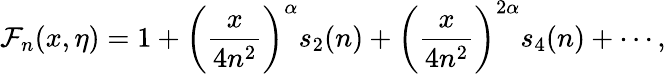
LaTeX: \mathcal{F}_{n}(x,\eta)=1+\bigg(\frac{x}{4n^{2}}\bigg)^{\alpha}s_{2}(n)+\bigg(\frac{x}{4n^{2}}\bigg)^{2\alpha}s_{4}(n)+\cdots,